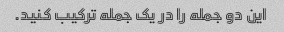
این دو جمله را در یک جمله ترکیب کنید.